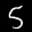
Label: 5